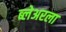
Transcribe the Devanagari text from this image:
ब्लेअरला